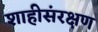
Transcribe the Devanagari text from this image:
शाहीसंरक्षण